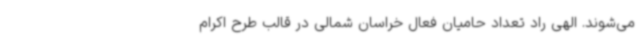
می‌شوند. الهی راد تعداد حامیان فعال خراسان شمالی در قالب طرح اکرام